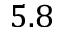
5 . 8